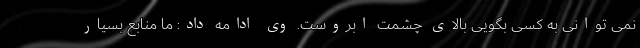
نمی توانی به کسی بگویی بالای چشمت ابروست. وی ادامه داد: ما منابع بسیار